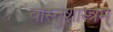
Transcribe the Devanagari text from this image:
वास्तुशास्त्रम्‌